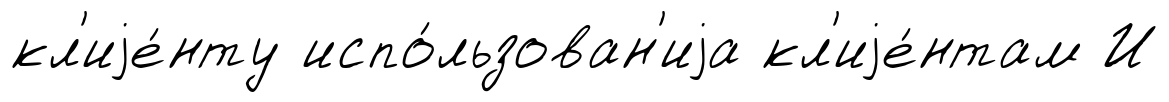
кл'иjе́нту испо́льзован'иjа кл'иjе́нтам И